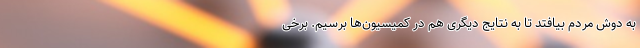
به دوش مردم بیافتد تا به نتایج دیگری هم در کمیسیون‌ها برسیم. برخی